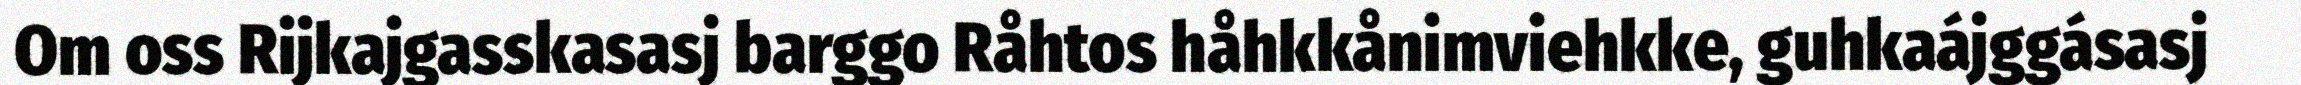
Om oss Rijkajgasskasasj barggo Råhtos håhkkånimviehkke, guhkaájggásasj